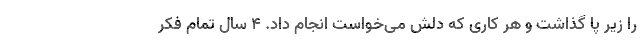
را زیر پا گذاشت و هر کاری که دلش می‌خواست انجام داد. 4 سال تمام فکر